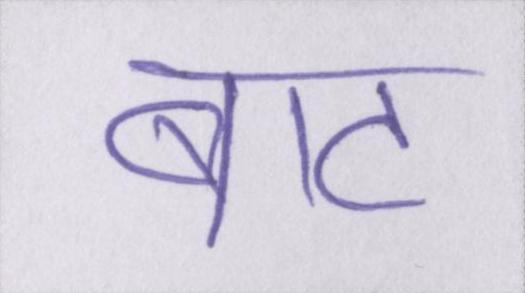
बाट